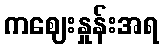
ကဈေးနှုန်းအရ